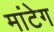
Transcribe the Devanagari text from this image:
मांटेग